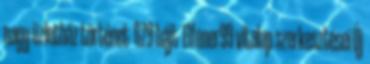
nagy üzletház történet ‎ 679 bájt ‎Elfener99 vitalap szerkesztései Új